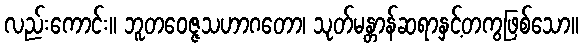
လည်းကောင်း။ ဘူတဝေဇ္ဇသဟာဂတော၊ သုတ်မန္တာန်ဆရာနှင့်တကွဖြစ်သော။